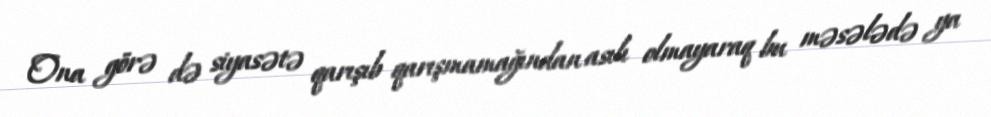
Ona görə də siyasətə qarışıb qarışmamağından asılı olmayaraq bu məsələdə ya